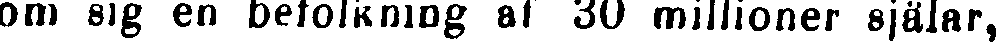
om sig en befolkning af 30 millioner själar,